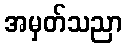
အမှတ်သညာ